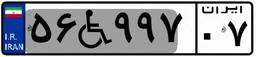
۵۶W۹۹۷۰۷